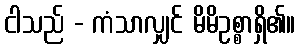
ငါသည် - ကံသာလျှင် မိမိဥစ္စာရှိ၏။